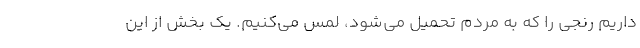
داریم رنجی را که به مردم تحمیل می‌شود، لمس می‌کنیم. یک بخش از این